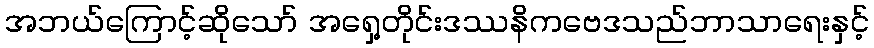
အဘယ်ကြောင့်ဆိုသော် အရှေ့တိုင်းဒဿနိကဗေဒသည်ဘာသာရေးနှင့်